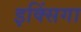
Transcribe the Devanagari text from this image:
इक्सिंगा